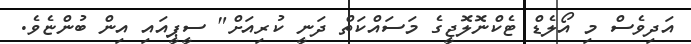
އަދިވެސް މި އޯލެޑް ޓެކްނޮލޮޖީގެ މަސައްކަތް ދަނީ ކުރިއަށް" ސީޕީއައި އިން ބުންޏެވެ.